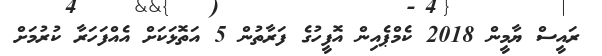
ރައީސް ޔާމީން 2018 ކެމްޕެއިން އޮފީހުގެ ފަރާތުން 5 އަތޮޅަކަށް އެއްފަހަރާ ކުރުމަށް